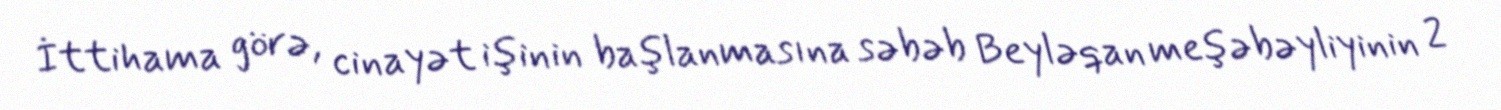
İttihama görə, cinayət işinin başlanmasına səbəb Beyləqan meşəbəyliyinin 2